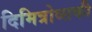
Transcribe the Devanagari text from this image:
दिमित्रोव्सकी